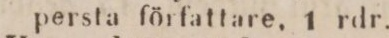
persta författare, 1 rdr.